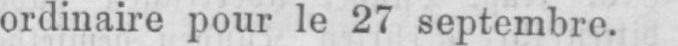
ordinaire pour le 27 septembre.